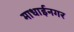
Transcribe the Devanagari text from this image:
माधाईनगर